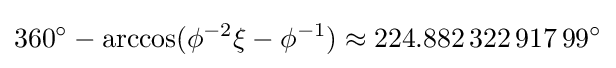
360^{\circ }-\arccos(\phi ^{-2}\xi -\phi ^{-1})\approx 224.882\,322\,917\,99^{\circ }